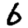
Digit: 6